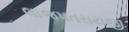
લાજપતરાયજી